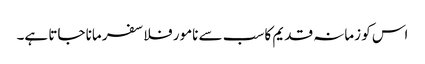
اس کو زمانہ قدیم کا سب سے نامور فلاسفر مانا جاتا ہے۔